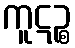
ကူဋဉ္စ